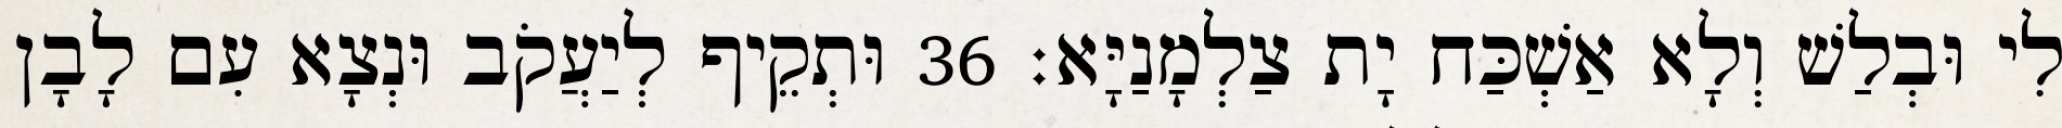
לִי וּבְלַשׁ וְלָא אַשְׁכַּח יָת צַלְמָנַיָּא׃ 36 וּתְקֵיף לְיַעֲקֹב וּנְצָא עִם לָבָן